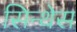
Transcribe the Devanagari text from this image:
सिन्थेस